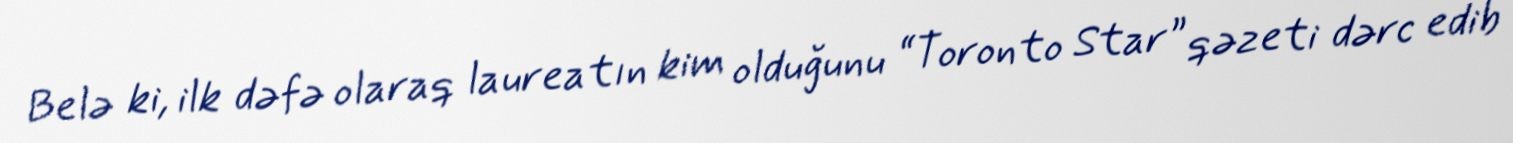
Belə ki, ilk dəfə olaraq laureatın kim olduğunu “Toronto Star” qəzeti dərc edib